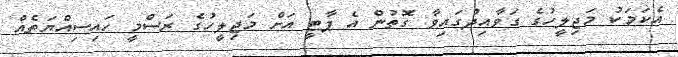
އެކަމަކު މަޖިލީހުގެ ގަވާއިދުގައިވާ ގޮތުން އެ ޕާޓީ އަށް މަޖިލީހުގެ ރަސްމީ ހައިސިއްޔަތެއް